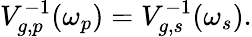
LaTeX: V_{g,p}^{-1}(\omega_{p})=V_{g,s}^{-1}(\omega_{s}).